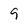
Character: 9